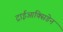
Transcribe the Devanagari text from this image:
ट्राईआक्सिडेन